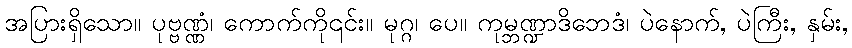
အပြားရှိသော။ ပုဗ္ဗဏ္ဏံ၊ ကောက်ကို၎င်း။ မုဂ္ဂ၊ ပေ။ ကုမ္ဘဏ္ဍာဒိဘေဒံ၊ ပဲနောက်, ပဲကြီး, နှမ်း,